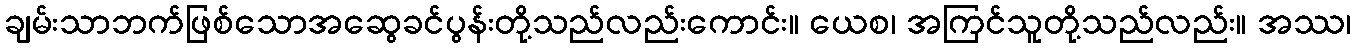
ချမ်းသာဘက်ဖြစ်သောအဆွေခင်ပွန်းတို့သည်လည်းကောင်း။ ယေစ၊ အကြင်သူတို့သည်လည်း။ အဿ၊